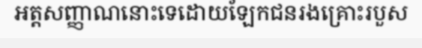
អត្តសញ្ញាណនោះទេដោយឡែកជនរងគ្រោះរបួស